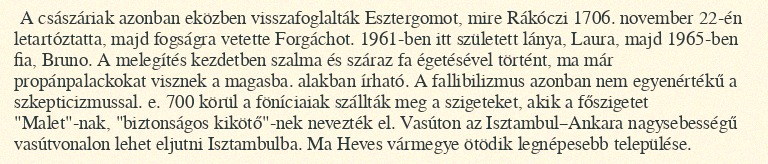
A császáriak azonban eközben visszafoglalták Esztergomot, mire Rákóczi 1706. november 22-én letartóztatta, majd fogságra vetette Forgáchot. 1961-ben itt született lánya, Laura, majd 1965-ben fia, Bruno. A melegítés kezdetben szalma és száraz fa égetésével történt, ma már propánpalackokat visznek a magasba. alakban írható. A fallibilizmus azonban nem egyenértékű a szkepticizmussal. e. 700 körül a föníciaiak szállták meg a szigeteket, akik a főszigetet "Malet"-nak, "biztonságos kikötő"-nek nevezték el. Vasúton az Isztambul–Ankara nagysebességű vasútvonalon lehet eljutni Isztambulba. Ma Heves vármegye ötödik legnépesebb települése.